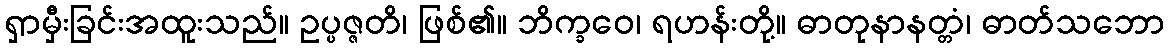
ရှာမှီးခြင်းအထူးသည်။ ဥပ္ပဇ္ဇတိ၊ ဖြစ်၏။ ဘိက္ခဝေ၊ ရဟန်းတို့။ ဓာတုနာနတ္တံ၊ ဓာတ်သဘော